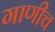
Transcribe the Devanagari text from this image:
गाणीच